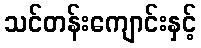
သင်တန်းကျောင်းနှင့်